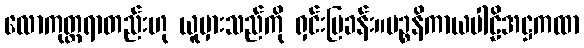
လောကုတ္တရာတည်းဟု ယူမှားသည်ကို ရှင်းပြခန်း။ပဉ္စနိကာယပါဠိအဋ္ဌကထာ